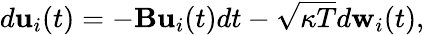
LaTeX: \begin{array}{r}{d{\mathbf{u}}_{i}(t)=-{\mathbf B}{\mathbf{u}}_{i}(t)dt-\sqrt{\kappa T}d{\mathbf w}_{i}(t),}\end{array}